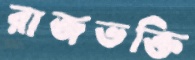
রাজভক্তি